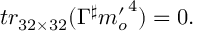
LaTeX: t r _ { 3 2 \times 3 2 } ( \Gamma ^ { \sharp } { m _ { o } ^ { \prime } } ^ { 4 } ) = 0 .